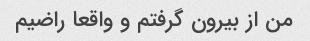
من از بیرون گرفتم و واقعا راضیم